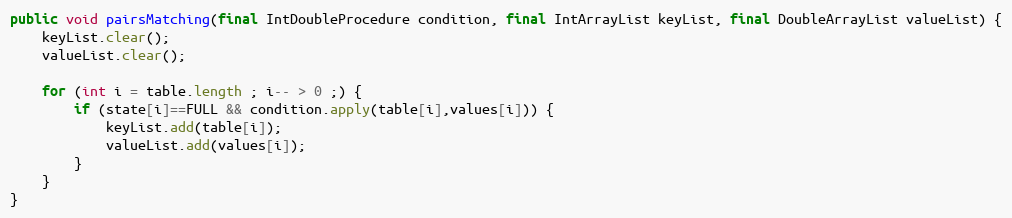
Language: Java
public void pairsMatching(final IntDoubleProcedure condition, final IntArrayList keyList, final DoubleArrayList valueList) {
	keyList.clear();
	valueList.clear();

	for (int i = table.length ; i-- > 0 ;) {
		if (state[i]==FULL && condition.apply(table[i],values[i])) {
			keyList.add(table[i]);
			valueList.add(values[i]);
		}
	}
}